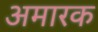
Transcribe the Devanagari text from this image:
अमारक